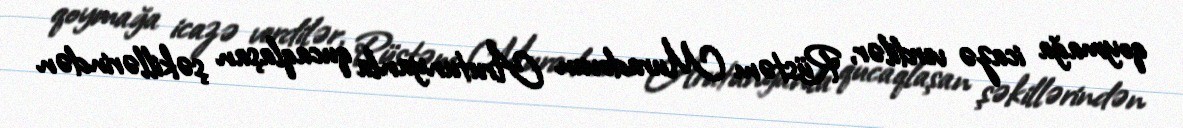
qoymağa icazə verdilər, Rüstəm Muradovun Arutunyanla qucaqlaşan şəkillərindən